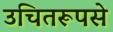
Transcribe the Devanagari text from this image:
उचितरूपसे